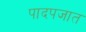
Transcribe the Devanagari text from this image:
पादपजात